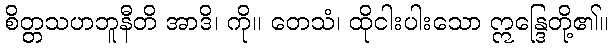
စိတ္တသဟဘူနီတိ အာဒိ၊ ကို။ တေသံ၊ ထိုငါးပါးသော ဣန္ဒြေတို့၏။